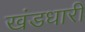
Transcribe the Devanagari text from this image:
खंडधारी